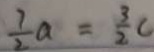
\frac { 7 } { 2 } a = \frac { 3 } { 2 } C